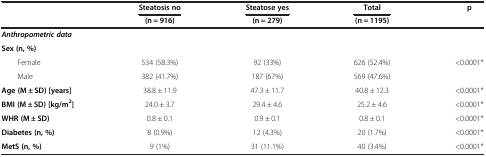
<table><thead><tr><td rowspan="2"><b> </b></td><td><b>Steatosis no</b></td><td><b>Steatose yes</b></td><td><b>Total</b></td><td rowspan="2"><b>p</b></td></tr><tr><td><b>(n = 916)</b></td><td><b>(n = 279)</b></td><td><b>(n = 1195)</b></td></tr></thead><tbody><tr><td colspan="5"><b><i>Anthropometric data</i></b></td></tr><tr><td><b>Sex (n, %)</b></td><td> </td><td> </td><td> </td><td> </td></tr><tr><td>Female</td><td>534 (58.3%)</td><td>92 (33%)</td><td>626 (52.4%)</td><td>&lt;0.0001*</td></tr><tr><td>Male</td><td>382 (41.7%)</td><td>187 (67%)</td><td>569 (47.6%)</td><td> </td></tr><tr><td><b>Age (M ± SD) [years]</b></td><td>38.8 ± 11.9</td><td>47.3 ± 11.7</td><td>40.8 ± 12.3</td><td>&lt;0.0001*</td></tr><tr><td><b>BMI (M ± SD) [kg/m</b><sup><b>2</b></sup><b>]</b></td><td>24.0 ± 3.7</td><td>29.4 ± 4.6</td><td>25.2 ± 4.6</td><td>&lt;0.0001*</td></tr><tr><td><b>WHR (M ± SD)</b></td><td>0.8 ± 0.1</td><td>0.9 ± 0.1</td><td>0.8 ± 0.1</td><td>&lt;0.0001*</td></tr><tr><td><b>Diabetes (n, %)</b></td><td>8 (0.9%)</td><td>12 (4.3%)</td><td>20 (1.7%)</td><td>&lt;0.0001*</td></tr><tr><td><b>MetS (n, %)</b></td><td>9 (1%)</td><td>31 (11.1%)</td><td>40 (3.4%)</td><td>&lt;0.0001*</td></tr></tbody></table>